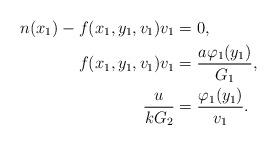
LaTeX: \begin{align*}n(x_{1})-f(x_{1},y_{1},v_{1})v_{1}&=0,\\f(x_{1},y_{1},v_{1})v_{1}&=\frac{a\varphi_{1}(y_{1})}{G_{1}} ,\\\frac{u}{kG_{2}}&=\frac{\varphi_{1}(y_{1})}{v_{1}}.\end{align*}